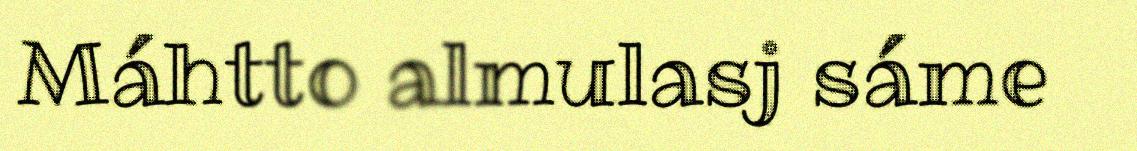
Máhtto almulasj sáme